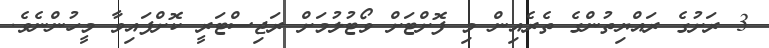
3 ރަށުގެ ރައްޔިތުންގެ ތެރެއިން މި ފޮށްޓަށް ވޯޓުލުމަށް ރަޖިސްޓަރީ ކޮށްފައިވާ މީހުންނެވެ.